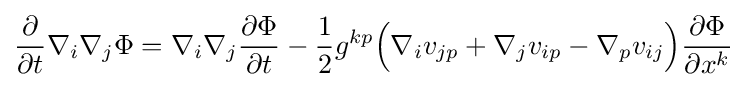
{\frac {\partial }{\partial t}}\nabla _{i}\nabla _{j}\Phi =\nabla _{i}\nabla _{j}{\frac {\partial \Phi }{\partial t}}-{\frac {1}{2}}g^{kp}{\Big (}\nabla _{i}v_{jp}+\nabla _{j}v_{ip}-\nabla _{p}v_{ij}{\Big )}{\frac {\partial \Phi }{\partial x^{k}}}